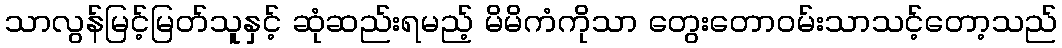
သာလွန်မြင့်မြတ်သူနှင့် ဆုံဆည်းရမည့် မိမိကံကိုသာ တွေးတောဝမ်းသာသင့်တော့သည်